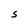
Character: S